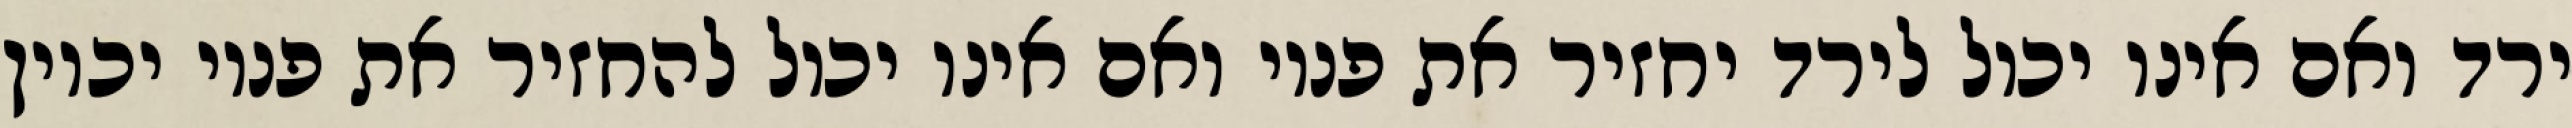
ירד ואם אינו יכול לירד יחזיר את פניו ואם אינו יכול להחזיר את פניו יכוין